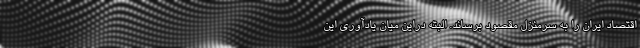
اقتصاد ایران را به سرمنزل مقصود برساند. البته دراین میان یادآوری این